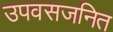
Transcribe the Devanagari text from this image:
उपवसजनित